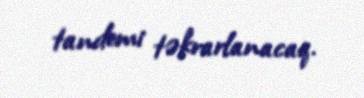
tandemi təkrarlanacaq.